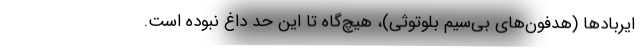
ایربادها (هدفون‌های بی‌سیم بلوتوثی)، هیچ‌گاه تا این حد داغ نبوده است.